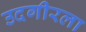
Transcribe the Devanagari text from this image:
उदगीरला